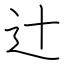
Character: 辻